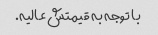
با توجه به قیمتش عالیه.